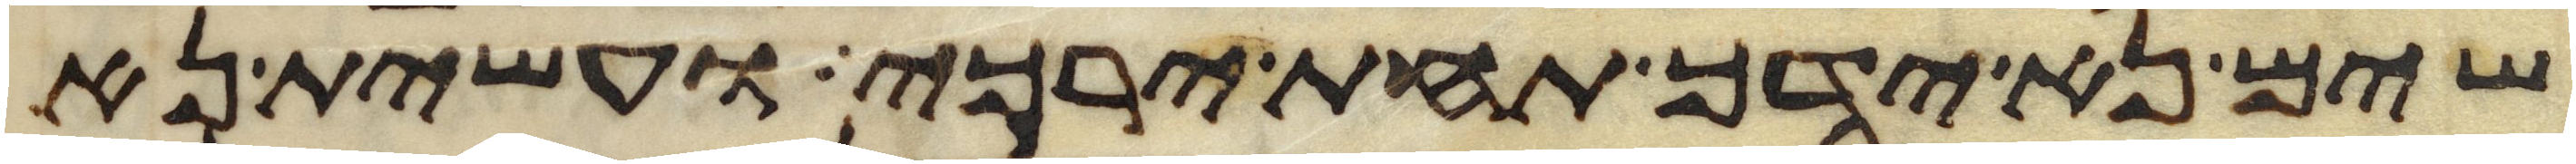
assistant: שים נא ידך תחת ירכי ועשית נא